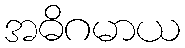
အဓိဂမာယ